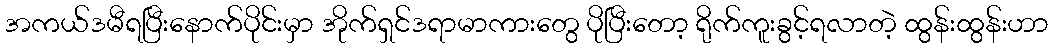
အကယ်ဒမီရပြီးနောက်ပိုင်းမှာ အိုက်ရှင်ဒရာမာကားတွေ ပိုပြီးတော့ ရိုက်ကူးခွင့်ရလာတဲ့ ထွန်းထွန်းဟာ